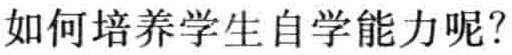
如何培养学生自学能力呢？